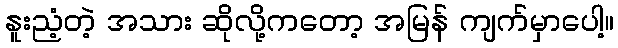
နူးညံ့တဲ့ အသား ဆိုလို့ကတော့ အမြန် ကျက်မှာပေါ့။